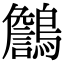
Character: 𪆻